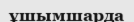
ұшымшарда